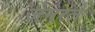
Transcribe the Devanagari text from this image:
जेनरले